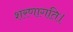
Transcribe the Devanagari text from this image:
शरणागति।